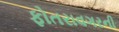
ફોતરાવગરની